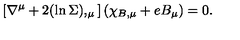
\left[ \nabla ^ { \mu } + 2 ( \ln \Sigma ) , _ { \mu } \right] ( \chi _ { B , \mu } + e B _ { \mu } ) = 0 .